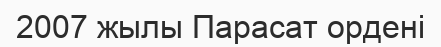
2007 жылы Парасат ордені